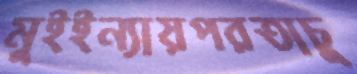
মুইইন্যায়পরতাচু